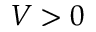
V > 0